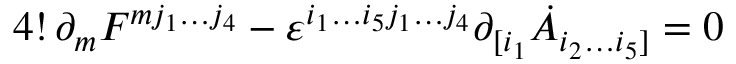
4 ! \, \partial _ { m } F ^ { m j _ { 1 } \dots j _ { 4 } } - \varepsilon ^ { i _ { 1 } \dots i _ { 5 } j _ { 1 } \dots j _ { 4 } } \partial _ { [ i _ { 1 } } \dot { A } _ { i _ { 2 } \dots i _ { 5 } ] } = 0